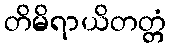
တိမိရာယိတတ္တံ